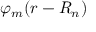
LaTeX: \varphi _ { m } ( { \boldsymbol { r - R _ { n } } } )